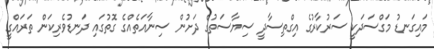
މައިގަނޑު މަގްސަދަކީ ސަރުކާރުގެ އިގްތިސާދީ ސިޔާސަތުގެ ދަށުން ސިނާއަތެއްގެ ގޮތުގައި ދަނޑުވެރިކަން ތަރައްގީ